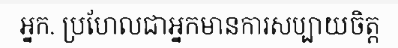
អ្នក. ប្រហែលជាអ្នកមានការសប្បាយចិត្ត